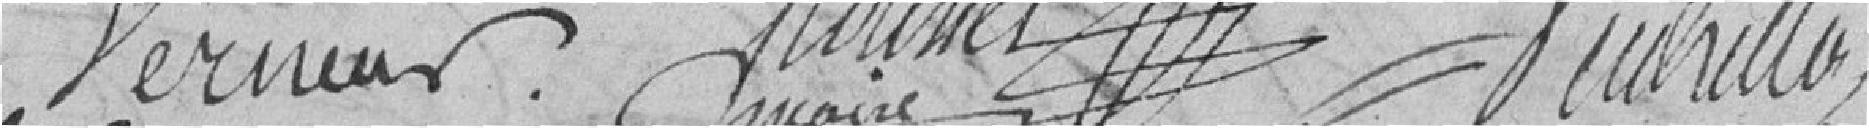
Verneur Roussel maire Vutrillo